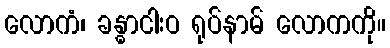
လောကံ၊ ခန္ဓာငါးဝ ရုပ်နာမ် လောကကို။